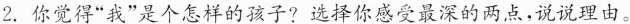
2.你觉得”我”是个怎样的孩子?选择你感受最深的两点，说说理由。